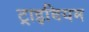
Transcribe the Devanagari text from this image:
ट्राइवियम